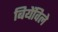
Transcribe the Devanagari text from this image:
बियेंविले